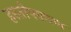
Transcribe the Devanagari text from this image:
हस्तोपकरण